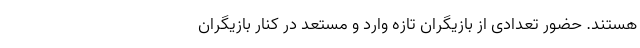
هستند. حضور تعدادی از بازیگران تازه وارد و مستعد در کنار بازیگران